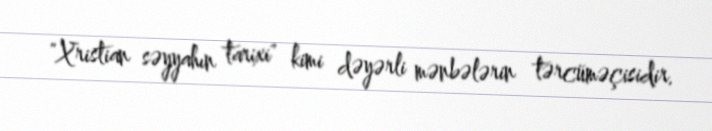
"Xristian səyyahın tarixi" kimi dəyərli mənbələrin tərcüməçisidir.